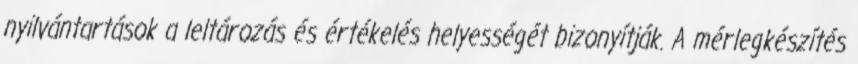
nyilvántartások a leltározás és értékelés helyességét bizonyítják. A mérlegkészítés